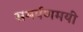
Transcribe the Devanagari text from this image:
समर्पणमयी